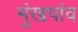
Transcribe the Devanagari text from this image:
मुंखपांव